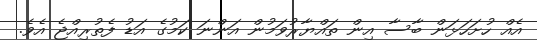
އެއް ހުށަހަޅަން ބާސާ އިން ތައްޔާރުވަމުން އަންނަ ކަމުގެ އަޑު ފެތުރިއްޖެ އެވެ.